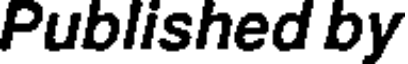
Published by